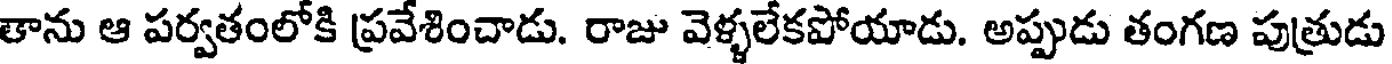
తాను ఆ పర్వతంలోకి ప్రవేశించాడు. రాజు వెళ్ళలేకపోయాడు. అప్పుడు తంగణ పుత్రుడు